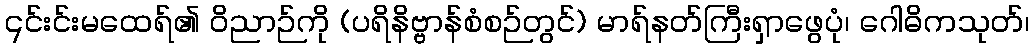
၎င်းင်းမထေရ်၏ ဝိညာဉ်ကို (ပရိနိဗ္ဗာန်စံစဉ်တွင်) မာရ်နတ်ကြီးရှာဖွေပုံ၊ ဂေါဓိကသုတ်၊